system: You are a helpful assistant.
user:
Analyze the provided spectrum to determine if it is a **White Dwarf (WD)**.

A White Dwarf spectrum is defined by its **extreme purity** (due to gravitational settling) and/or **extreme pressure broadening** (due to high surface gravity). You must check for one of the following mutually exclusive signatures:

- **Key Visual Indicators (Check for ONE of these types):**

    - **1. DA-Type Signature (Most Common):**
        - **(Primary Feature):** Extreme pressure broadening (Stark broadening) of the **Hydrogen (H) Balmer lines**.
        - **(Key Lines):** $H\beta$ (approx. $4861$ Å) and $H\gamma$ (approx. $4340$ Å). $H\alpha$ (approx. $6563$ Å) will also be present if the wavelength range covers it.
        - **(Line Profile):** This is the **defining feature**. The lines are **NOT** sharp. They appear as massive, **extremely broad and deep "troughs" or "dips"** in the spectrum, often hundreds of Ångströms wide. The continuum will appear to "scoop" down at these wavelengths.
        - **(Distinction):** Normal A-type or B-type stars have *narrow* and *sharp* Hydrogen lines. A DA White Dwarf's lines are unmistakably "smeared" or "blurry" from pressure.

    - **2. DB-Type Signature:**
        - **(Primary Feature):** Broad absorption lines from **Neutral Helium (He I)**. The spectrum must lack any visible Hydrogen lines.
        - **(Key Lines):** Look for broad absorption near $4471$ Å, $4921$ Å, and $5876$ Å.
        - **(Line Profile):** These lines are also significantly pressure-broadened, appearing much wider than they would in a normal B-type main-sequence star.

    - **3. DC-Type Signature:**
        - **(Primary Feature):** A **featureless continuous spectrum**.
        - **(Line Profile):** The spectrum is a smooth curve with **no significant absorption or emission lines**.
        - **(Key Confirmation):** The continuum is almost always **blue or white**, indicating a hot object. This signature implies the atmosphere is so pure (or so cool) that no spectral lines are visible in the optical range. Its WD identity is confirmed by its extremely low intrinsic brightness (high absolute magnitude).

    - **4. DZ-Type Signature (Metal-Polluted):**
        - **(Primary Feature):** **Isolated, narrow metal absorption lines** on an otherwise featureless (DC-like) continuum.
        - **(Key Lines):** The **Calcium (Ca II) H & K doublet** (approx. **$3934$ Å** and **$3968$ Å**) is the most common and defining feature.
        - **(Line Profile):** These lines are "out of place." They are *not* part of a "forest" of thousands of lines. This signature is evidence of recent *accretion* (pollution) from rocky debris.
        - **(Distinction):** Normal G/K/M stars have a *dense forest* of thousands of metal lines. A DZ has a *clean* continuum with *only a few* strong metal lines.

    - **5. DQ-Type Signature (Carbon-Polluted):**
        - **(Primary Feature):** Absorption bands from **Carbon (C₂ "Swan Bands" or atomic C I)**.
        - **(Key Lines - C₂):** Look for bandheads with a "saw-tooth" shape near $5635$ Å, **$5165$ Å** (strongest), and $4737$ Å.
        - **(Key Confirmation):** The underlying **continuum must be blue or white** (hot).
        - **(Distinction):** This is the critical difference from a **Carbon Star**, which has the *exact same* C₂ bands but on an extremely **red, cool** continuum.

- **(Overall Spectrum):**
    - The continuum (overall shape) is typically **blue-sloping** (brighter in the blue than the red), as most white dwarfs are very hot.
    - The spectrum will look "pure" or "simple," dominated by only *one* of the five signatures listed above.

Think first, call **spectral_visualization_tool** if needed to examine features in detail, then provide your final answer. Your response must adhere to the following strict rules:
1.  **Overall Structure:** Your response must follow the format `<think>...</think> <tool_call>...</tool_call> (if a tool is used) <answer>...</answer>`.
2.  **Tool Usage Constraint:** You may only make **one** tool call per turn.
3.  **Final Answer Format:** In the `<answer>` tag, your conclusion must be inside a `\boxed{}` command (e.g., `\boxed{YES}` or `\boxed{NO}`), followed by your justification.

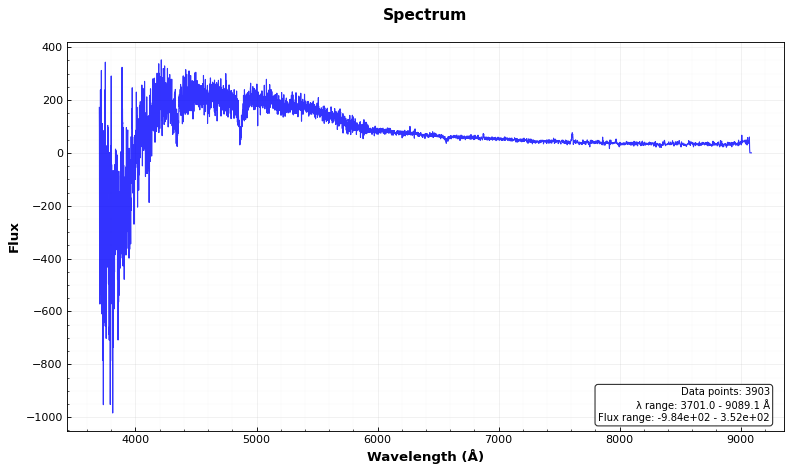
Answer: YES